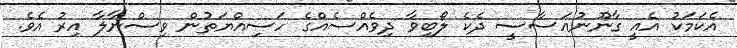
އެކަމަކު އެއީ ގާނޫނުއަސާސީ ދެކެ ލޯބިވާ ދިވެއްސެއްގެ ހަސިއްޔަތުން ވިސްނާލާ އިރު އެވެ.